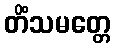
တိံသမတ္တေ